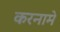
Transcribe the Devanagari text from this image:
करनामे